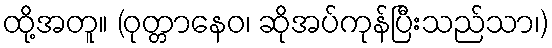
ထို့အတူ။ (ဝုတ္တာနေဝ၊ ဆိုအပ်ကုန်ပြီးသည်သာ၊)